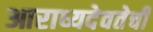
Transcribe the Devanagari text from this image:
आराध्यदेवतेची